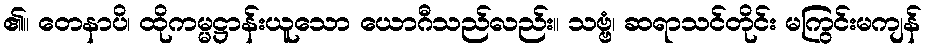
၏။ တေနာပိ၊ ထိုကမ္မဋ္ဌာန်းယူသော ယောဂီသည်လည်း။ သဗ္ဗံ၊ ဆရာသင်တိုင်း မကြွင်းမကျန်